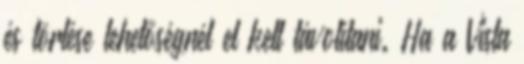
és törlése lehetőségnél el kell távolítani. Ha a Vista